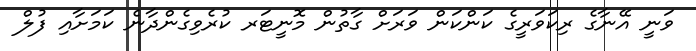
ވަނީ އޭނާގެ ރިކަވަރީގެ ކަންކަން ވަރަށް ގާތުން މޮނީޓަރ ކުރެވިގެންދާނެ ކަމަށާއި ފުލް